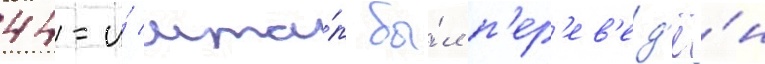
44-и́ мта́п бы́л п'ер'ев'ед'ё́н